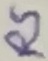
Text: RS